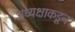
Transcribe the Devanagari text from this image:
अध्यक्षाकडून